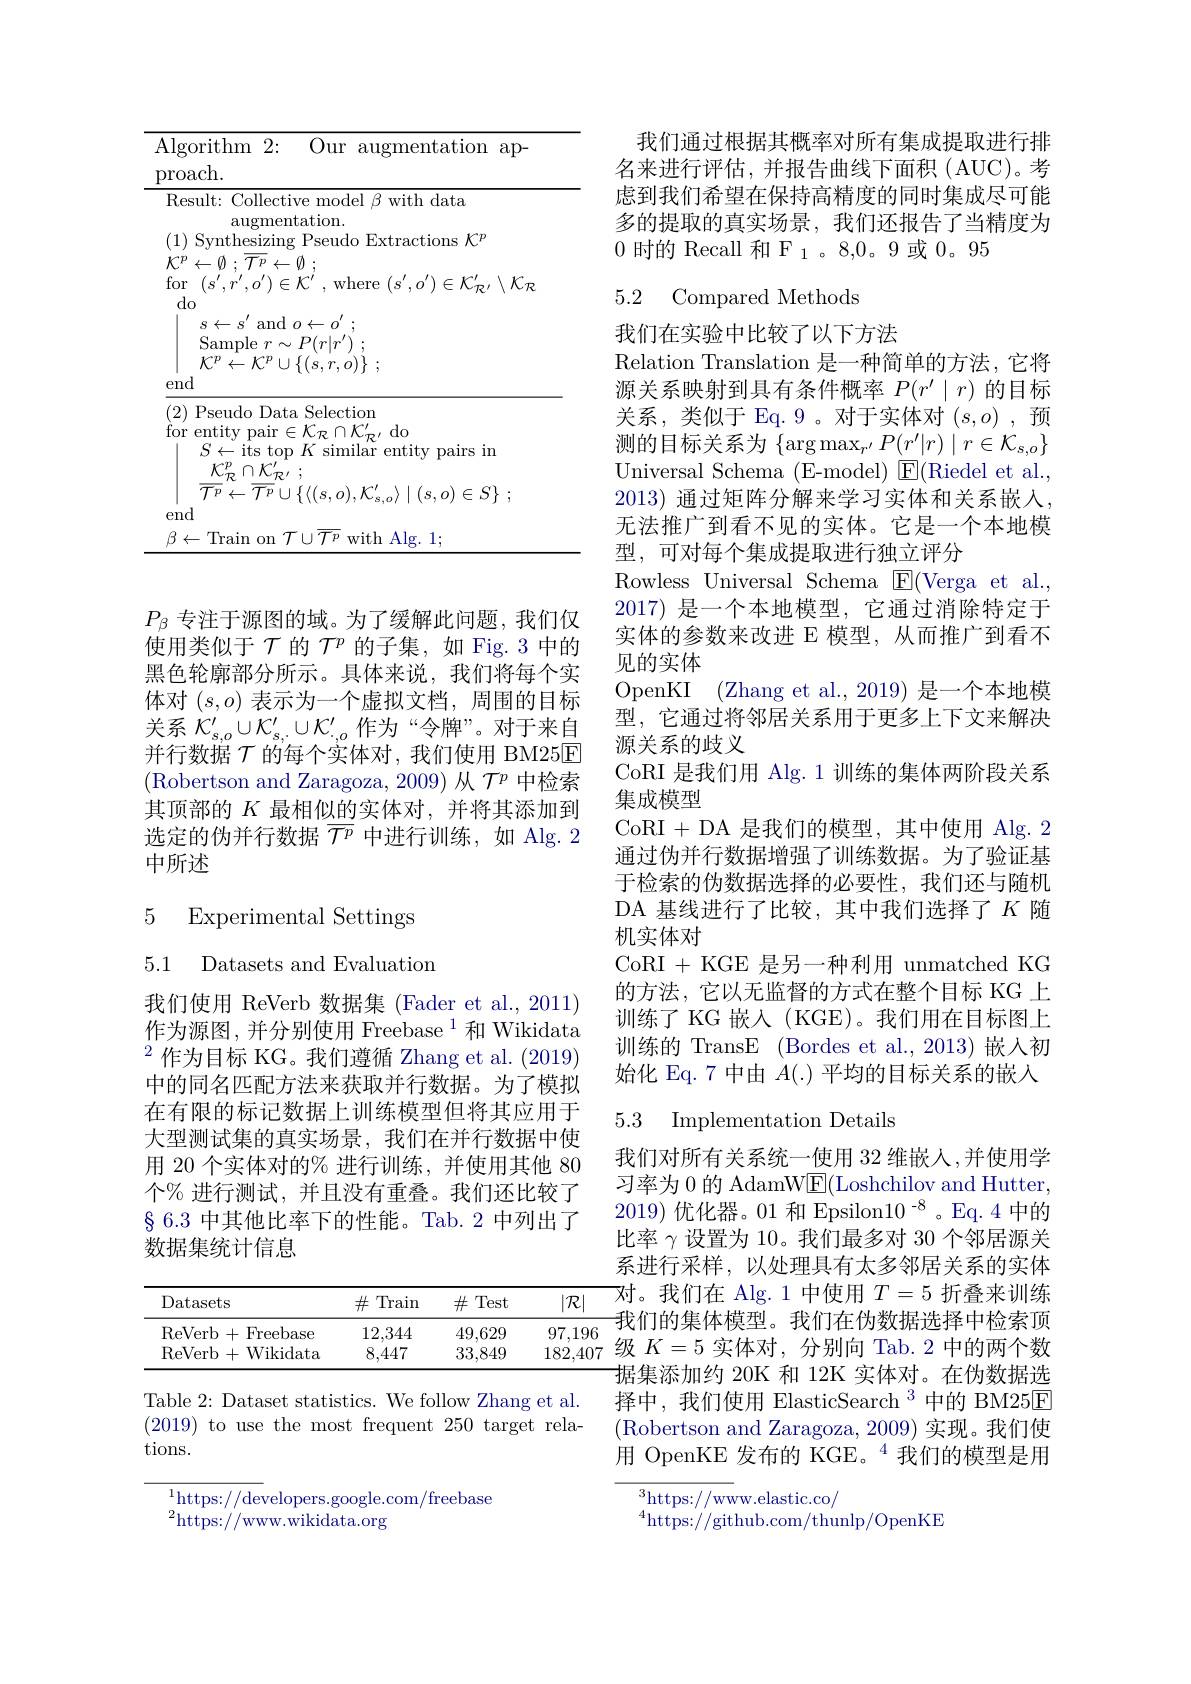
<table>
	<tbody>
		<tr>
			<td>Al $pr$</td>
			<td>orithm 2: Our augmentation ap- ach. </td>
		</tr>
		<tr>
			<td>Al Pr $F$</td>
			<td>rithm$ 2\nobreak {: } $ Our augmentation ap- ach. sult: Collective model $\beta$ with data</td>
		</tr>
		<tr>
			<td>$fc$</td>
			<td>entity pair$\in\mathcal{K}_{\mathcal R}\cap\mathcal{K}_{\mathcal{R}^{\prime}}^{\prime}$ $do$ $S\leftarrow$its top $K$ similar entity pairs in $\underline {{\mathcal{K} }}_{\mathcal{R} }^{p}\cap \underline {{\mathcal{K} }}_{\mathcal{R} ^{\prime }}^{\prime }$ ; $\overline {{\mathcal{T} }^{p}}\leftarrow \overline {{\mathcal{T} }^{p}}\cup \{ \langle ( s, o) , {\mathcal{K} }_{s. o}^{\prime }\rangle \mid ( s, o) \in S\}$ ;</td>
		</tr>
		<tr>
			<td>e</td>
			<td>$\operatorname { \text{Train on}} \mathcal{T} \cup \overline {\mathcal{T} ^{p}}\operatorname { \mathrm{with~Alg. ~1; }}$</td>
		</tr>
	</tbody>
</table>

$P_\beta$专注于源图的域。为了缓解此问题，我们仅使用类似于$\mathcal{T}$的$\mathcal{T}^p$的子集，如 Fig.3 中的黑色轮廓部分所示。具体来说，我们将每个实体对$(s,o)$表示为一个虚拟文档，周围的目标关系$\mathcal{K}_{s,o}^{\prime}\cup\mathcal{K}_{s,\cdot}^{\prime}\cup\mathcal{K}_{\cdot,o}^{\prime}$作为“令牌”。对于来自并行数据$\mathcal{T}$的每个实体对，我们使用 BM25E (Robertson and Zaragoza, 2009) 从$\mathcal{T}^p$中检索其顶部的$K$最相似的实体对，并将其添加到选定的伪并行数据$\overline{\mathcal{T}^p}$中进行训练，如 Alg.2中所述

5 Experimental Settings

5.1 Datasets and Evaluation

我们使用 ReVerb 数据集 (Fader et al., 2011) 作为源图，并分别使用 Freebase $^{1}$和 Wikidata $^2$作为目标 KG。我们遵循 Zhang et al. (2019) 中的同名匹配方法来获取并行数据。为了模拟在有限的标记数据上训练模型但将其应用于大型测试集的真实场景，我们在并行数据中使用 20 个实体对的% 进行训练，并使用其他 80个% 进行测试，并且没有重叠。我们还比较了$\S6.3$中其他比率下的性能。Tab.2 中列出了数据集统计信息

<table>
	<tbody>
		<tr>
			<th>Datasets</th>
			<th>$\#$Train</th>
			<th>$\#$ Test</th>
			<th>$|\mathcal{R}|$</th>
		</tr>
		<tr>
			<td>ReVerb+Freebase</td>
			<td>12,344</td>
			<td>49,629</td>
			<td>97,196</td>
		</tr>
		<tr>
			<td>ReVerb+Wikidata</td>
			<td>8,447</td>
			<td>33,849</td>
			<td>182,407</td>
		</tr>
	</tbody>
</table>

Table 2: Dataset statistics. We follow Zhang et al. (2019) to use the most frequent 250 target relations.

$^{1}$https://developers.google.com/freebase

$^{2}$https://www.wikidata.org

我们通过根据其概率对所有集成提取进行排名来进行评估，并报告曲线下面积(AUC)。考虑到我们希望在保持高精度的同时集成尽可能多的提取的真实场景，我们还报告了当精度为0时的 Recall 和 F 1 。8,0。9 或 0。95

## 5.2 Compared Methods

我们在实验中比较了以下方法
Relation Translation 是一种简单的方法，它将源关系映射到具有条件概率$P(r^{\prime}\mid r)$的目标关系，类似于 Eq.9。对于实体对$(s,o)$,预测的目标关系为$\{\arg\max_{r^{\prime}}P(r^{\prime}|r)\mid r\in\mathcal{K}_{s,o}\}$ Universal Schema (E-model) ${\mathrm{E}}($Riedel et al., 2013) 通过矩阵分解来学习实体和关系嵌入， 无法推广到看不见的实体。它是一个本地模型，可对每个集成提取进行独立评分
Rowless Universal Schema $\boxed{\mathrm{F}}($Verga et al., 2017)是一个本地模型，它通过消除特定于实体的参数来改进 E 模型，从而推广到看不见的实体
OpenKI (Zhang et al., 2019) 是一个本地模型，它通过将邻居关系用于更多上下文来解决源关系的歧义
CoRI 是我们用 Alg.1 训练的集体两阶段关系
集成模型
CoRI+DA 是我们的模型，其中使用 Alg. 2通过伪并行数据增强了训练数据。为了验证基于检索的伪数据选择的必要性，我们还与随机DA 基线进行了比较，其中我们选择了$K$ 随机实体对
CoRI + KGE 是另一种利用 unmatched KG 的方法，它以无监督的方式在整个目标 KG 上训练了 KG 嵌入(KGE)。我们用在目标图上训练的 TransE (Bordes et al.,2013) 嵌入初始化 Eq.7 中由$A(.)$平均的目标关系的嵌入

### 5.3 Implementation Details

我们对所有关系统一使用 32 维嵌人 ,并使用学习率为 0 的 AdamWE(Loshchilov and Hutter. 2019) 优化器。01 和 Epsilon$10^{-8}$。Eq.4 中的比率$\gamma$设置为 10。我们最多对 30 个邻居源关系进行采样，以处理具有太多邻居关系的实体对。我们在 Alg.1 中使用$T=5$折叠来训练我们的集体模型。我们在伪数据选择中检索顶级$K=5$实体对，分别向 Tab. 2 中的两个数据集添加约 20K 和 12K 实体对。在伪数据选择中，我们使用 ElasticSearch $^{3}$中的 BM25E (Robertson and Zaragoza, 2009) 实现。我们使用 OpenKE 发布的 KGE。$^{4}$我们的模型是用

$^3$https://www.elastic.co/

$^{4}$https://github.com/thunlp/OpenKE